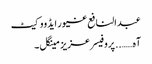
عبدالنافع غیور ایڈووکیٹ
آہ…….. پروفیسر عزیز مینگل ۔